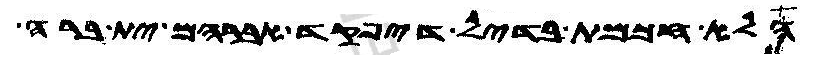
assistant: הלא חכמת בדיל דיפקד אברהם ית ברה